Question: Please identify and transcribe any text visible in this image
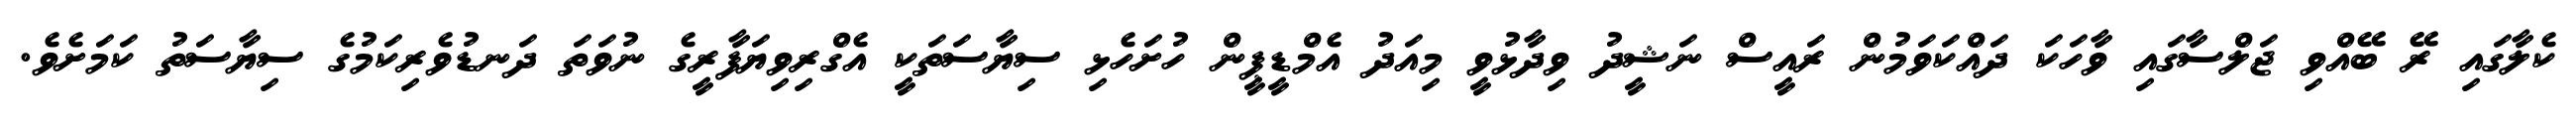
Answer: ކެލާގައި ރޭ ބޭއްވި ޖަލްސާގައި ވާހަކަ ދައްކަވަމުން ރައީސް ނަޝީދު ވިދާޅުވީ މިއަދު އެމްޑީޕީން ހުށަހެޅި ސިޔާސަތަކީ އެގްރިވިޔަފާރީގެ ނުވަތަ ދަނޑުވެރިކަމުގެ ސިޔާސަތު ކަމަށެވެ.